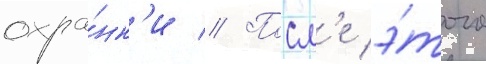
охра́нк'и // Посл'е э́того